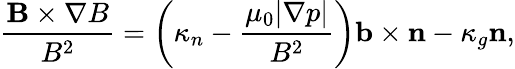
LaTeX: \frac{\mathbf{B}\times\nabla B}{B^{2}}=\left(\kappa_{n}-\frac{\mu_{0}|\nabla p|}{B^{2}}\right)\mathbf{b}\times\mathbf{n}-\kappa_{g}\mathbf{n},